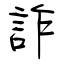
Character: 詐